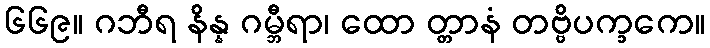
၆၆၉။ ဂဘီရ နိန္န ဂမ္ဘီရာ၊ ထော တ္တာနံ တဗ္ဗိပက္ခကေ။